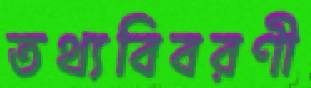
তথ্যবিবরণী